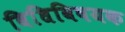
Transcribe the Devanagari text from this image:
विधिविषयक